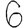
Digit: 6